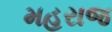
મહરાજ